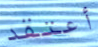
أعتقد